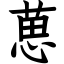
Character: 葸